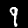
Digit: 9